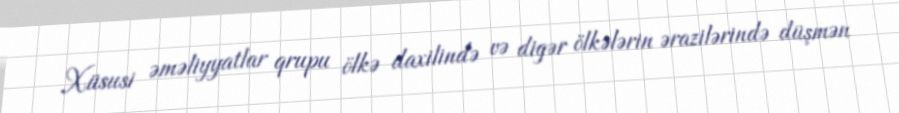
Xüsusi əməliyyatlar qrupu ölkə daxilində və digər ölkələrin ərazilərində düşmən